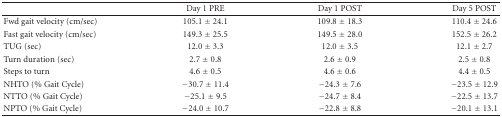
|  | Day 1 PRE | Day 1 POST | Day 5 POST |
 | --- | --- | --- | --- |
 | Fwd gait velocity (cm/sec) | 105.1 ± 24.1 | 109.8 ± 18.3 | 110.4 ± 24.6 |
 | Fast gait velocity (cm/sec) | 149.3 ± 25.5 | 149.5 ± 28.0 | 152.5 ± 26.2 |
 | TUG (sec) | 12.0 ± 3.3 | 12.0 ± 3.5 | 12.1 ± 2.7 |
 | Turn duration (sec) | 2.7 ± 0.8 | 2.6 ± 0.9 | 2.5 ± 0.8 |
 | Steps to turn | 4.6 ± 0.5 | 4.6 ± 0.6 | 4.4 ± 0.5 |
 | NHTO (% Gait Cycle) | −30.7 ± 11.4 | −24.3 ± 7.6 | −23.5 ± 12.9 |
 | NTTO (% Gait Cycle) | −25.1 ± 9.5 | −24.7 ± 8.4 | −22.5 ± 13.7 |
 | NPTO (% Gait Cycle) | −24.0 ± 10.7 | −22.8 ± 8.8 | −20.1 ± 13.1 |